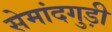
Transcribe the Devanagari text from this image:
सेमांदगुड़ी